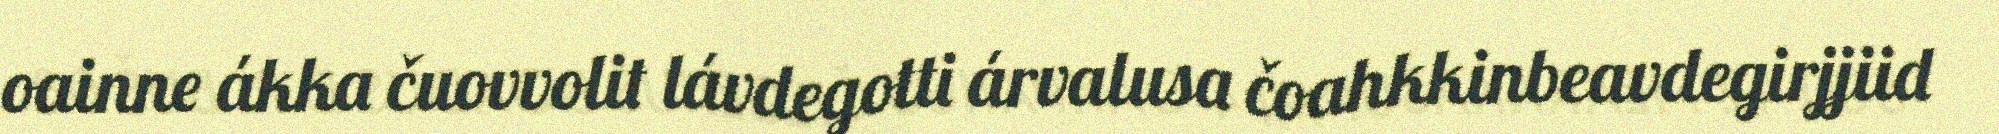
oainne ákka čuovvolit lávdegotti árvalusa čoahkkinbeavdegirjjiid